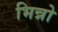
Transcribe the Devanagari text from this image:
भिन्नो